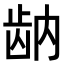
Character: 𬹻